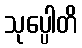
သုပ္ပေါတိ